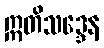
ဣတိသဒ္ဒေန